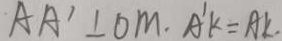
A A ^ { \prime } \bot O M . A ^ { \prime } K = A K .